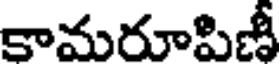
కామరూపిణీ